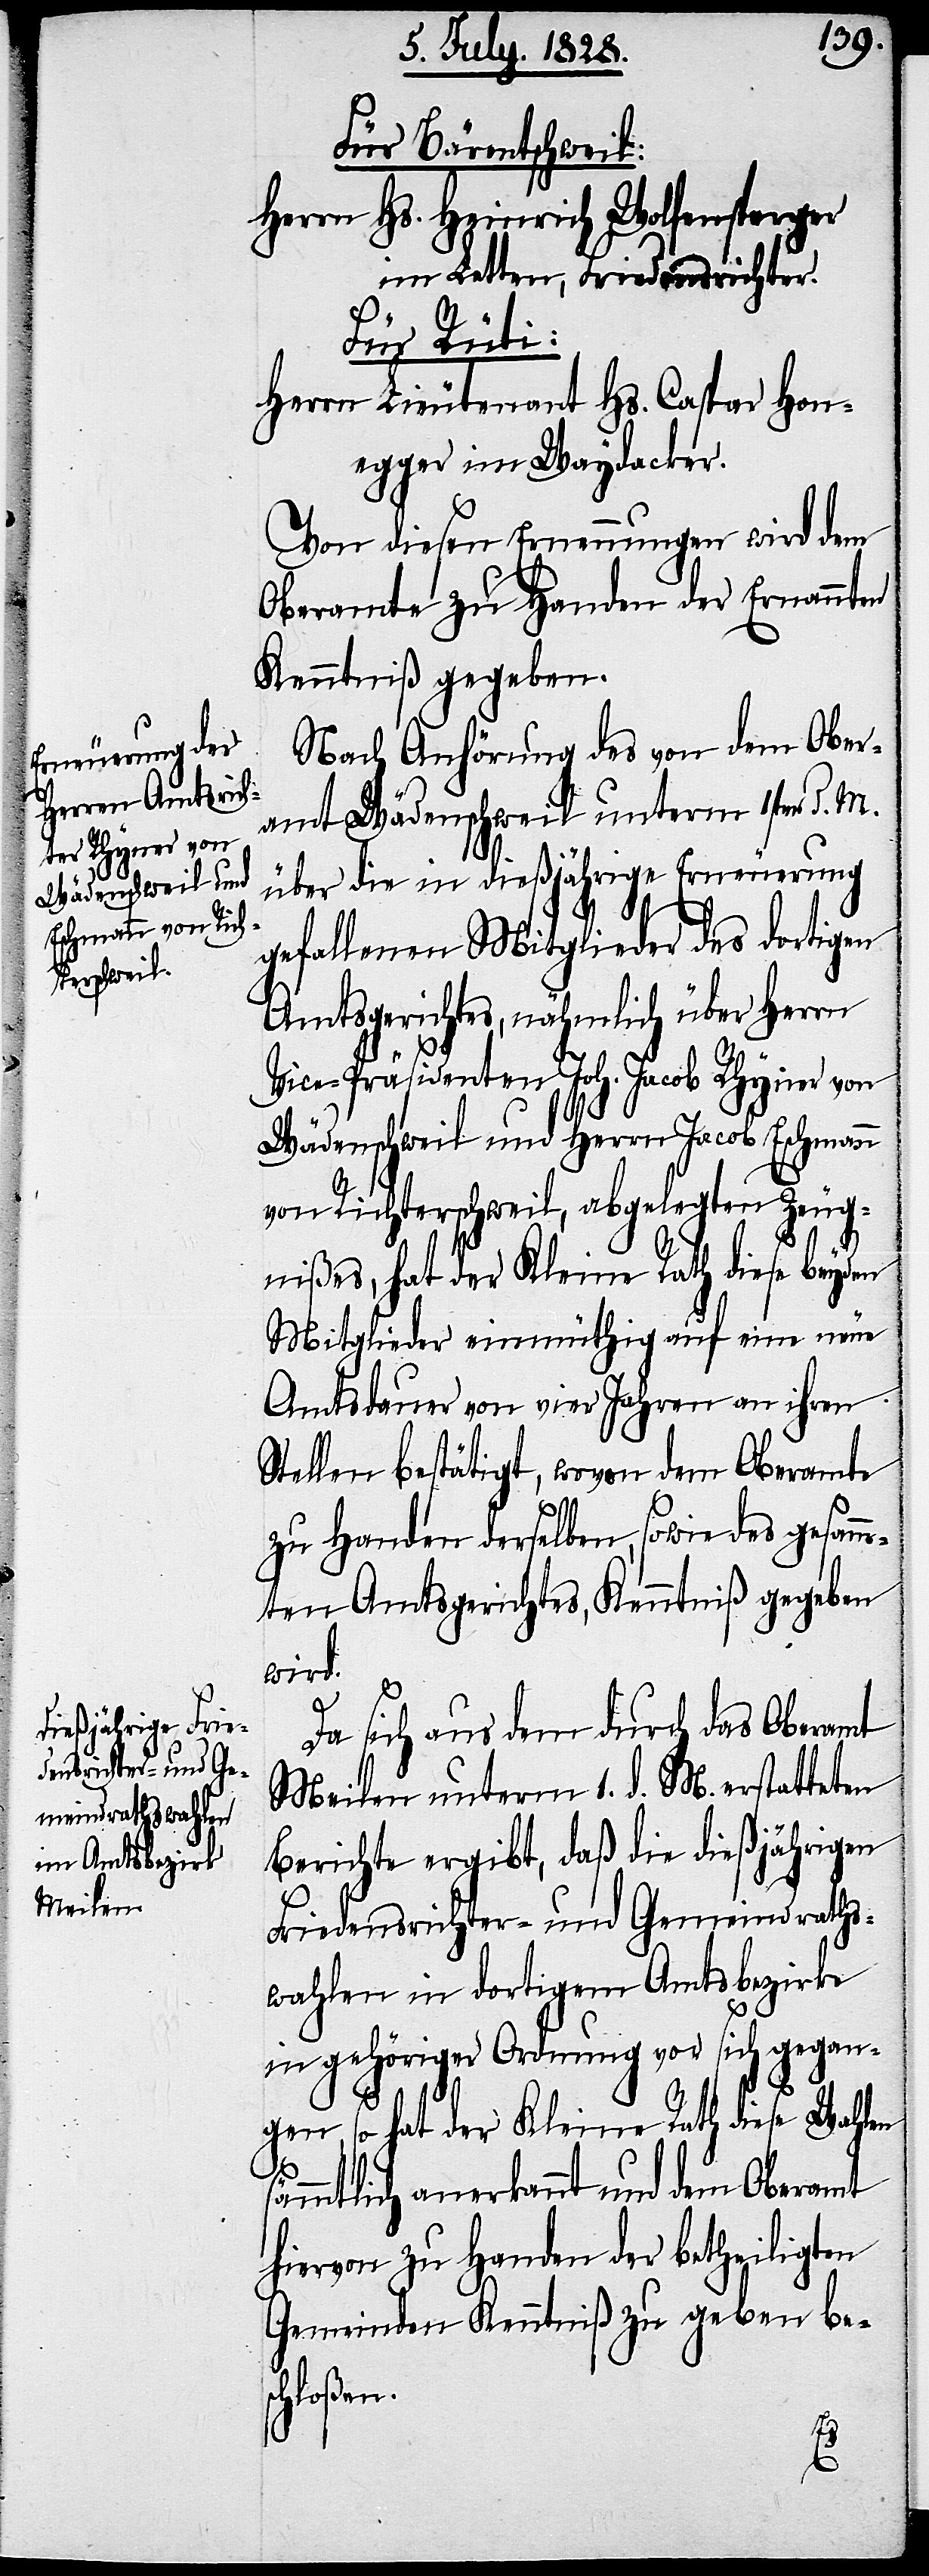
Für Bärentschweil.
Herrn Hs. Heinrich Wolfensperger
im Letten, Friedensrichter.
Für Rüti:
Herrn Lieutenant Hs. Caspar Hon¬
egger im Waydacker.
Von diesen Ernennungen wird dem
Oberamte zu Handen der Ernannten
Kenntniß gegeben.
Nach Anhörung des von dem Ober¬
amt Wädenschweil unterm 1sten d. M.
über die in dießjährige Erneuerung
gefallenen Mitglieder des dortigen
Amtsgerichtes, nähmlich über Herrn
Vice-Präsidenten Joh. Jacob Rhyner von
Wädenschweil und Herrn Jacob Eschmann
von Richterschweil, abgelegten Zeug¬
nißes, hat der Kleine Rath diese beyden
Mitglieder einmüthig auf eine neue
Amtsdauer von vier Jahren an ihren
Stellen bestätigt, wovon dem Oberamte
zu Handen derselben, sowie des gesamm¬
ten Amtsgerichtes, Kenntniß gegeben
wird.
Da sich aus dem durch das Oberamt
Meilen unterm 1. d. M. erstatteten
Berichte ergibt, daß die dießjährigen
Friedensrichter- und Gemeindraths¬
wahlen in dortigem Amtsbezirke
in gehöriger Ordnung vor sich gegan¬
gen, so hat der Kleine Rath diese Wahlen
ämmtlich anerkannt und dem Oberamt
hiervon zu Handen der betheiligten
Gemeinden Kenntniß zu geben bes¬
chloßen.
s¬